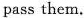
pass them.